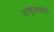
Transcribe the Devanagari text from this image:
सावुलगोरी